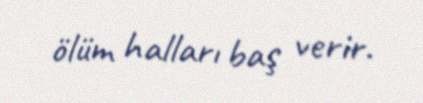
ölüm halları baş verir.